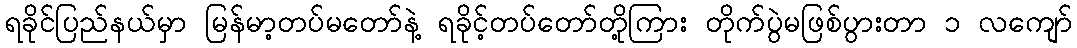
ရခိုင်ပြည်နယ်မှာ မြန်မာ့တပ်မတော်နဲ့ ရခိုင့်တပ်တော်တို့ကြား တိုက်ပွဲမဖြစ်ပွားတာ ၁ လကျော်